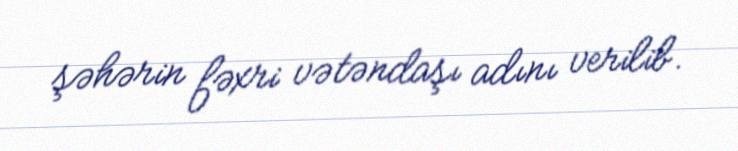
şəhərin fəxri vətəndaşı adını verilib.